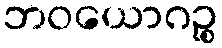
ဘဝယောဂဉ္စ